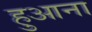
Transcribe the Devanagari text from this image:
हुआना